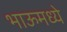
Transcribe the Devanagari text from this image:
भाऊमध्ये